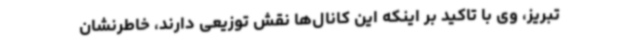
تبریز، وی با تاکید بر اینکه این کانال‌ها نقش توزیعی دارند، خاطرنشان